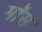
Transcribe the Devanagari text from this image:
माॅस